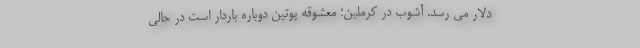
دلار می رسد. آشوب در کرملین؛ معشوقه پوتین دوباره باردار است در حالی